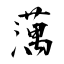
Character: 蕅